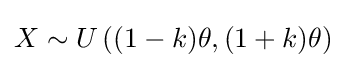
X\sim U\left((1-k)\theta ,(1+k)\theta \right)